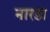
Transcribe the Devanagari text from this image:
नारडा